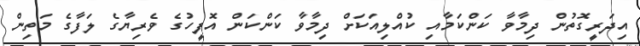
އިދަރީގޮތުން ދިމާވާ ކަންކަމާއި ކުއްލިއަކަށް ދިމާވާ ކަންކަން އޮފީހުގެ ވެރިޔާގެ ލަފާގެ މަތިން